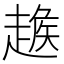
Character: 𧼵